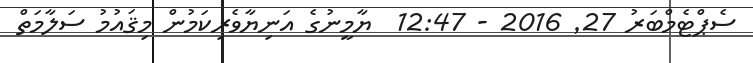
ސެޕްޓެމްބަރު 27